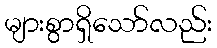
များစွာရှိသော်လည်း